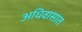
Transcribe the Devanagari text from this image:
अधिवासात